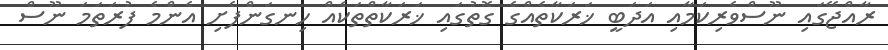
ރާއްޖޭގައި ނޫސްވެރިކަމާއި އަދަބީ ޚަރަކާތެއްގެ ގޮތުގައި ޚަރަކާތްތަކެއް ހިނގަންފެށި އެންމެ ފުރަތަމަ ނޫސް